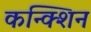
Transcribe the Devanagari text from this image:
कन्क्शिन